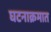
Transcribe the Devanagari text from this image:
घटनाक्रमात